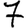
Digit: 7